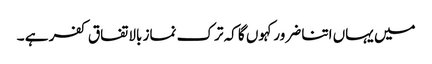
میں یہاں اتنا ضرور کہوں گا کہ ترک نماز بالاتفاق کفر ہے ۔